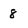
Character: 8